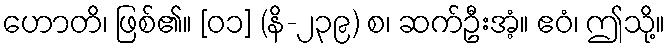
ဟောတိ၊ ဖြစ်၏။ [၀၁] (နိ-၂၃၉) စ၊ ဆက်ဦးအံ့။ ဧဝံ၊ ဤသို့။